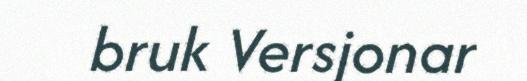
bruk Versjonar